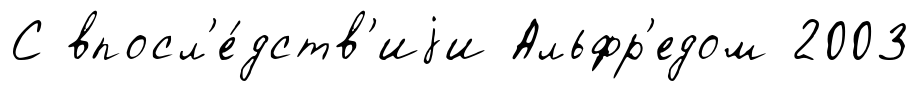
С впосл'е́дств'иjи Альфр'едом 2003